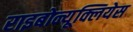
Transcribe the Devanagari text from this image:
राइबोन्यूक्लियेस